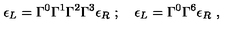
\epsilon _ { L } = \Gamma ^ { 0 } \Gamma ^ { 1 } \Gamma ^ { 2 } \Gamma ^ { 3 } \epsilon _ { R } \ ; \quad \epsilon _ { L } = \Gamma ^ { 0 } \Gamma ^ { 6 } \epsilon _ { R } \ ,